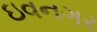
ઇવનગર